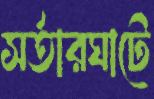
সর্তারঘাটে